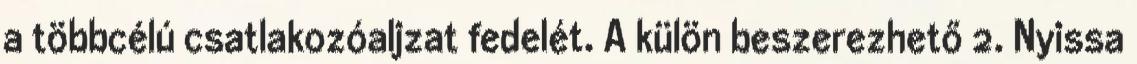
a többcélú csatlakozóaljzat fedelét. A külön beszerezhető 2. Nyissa